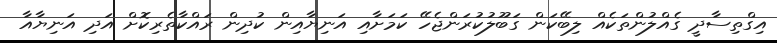
އިގްތިސާދީ ގެއްލުންތަކެއް ލިބޭކަން ގަބޫލުކުރަންޖެހޭ ކަމަށާއި އަނިޔާއިން ކުދިން ރައްކާތެރިކޮށް އަދި އަނިޔާއާ